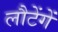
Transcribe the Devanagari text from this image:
लौटेंगें